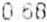
0.68